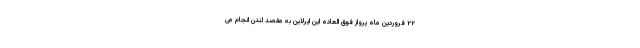
۲۲ فروردین ماه پرواز فوق العاده این ایرلاین به مقصد لندن انجام می